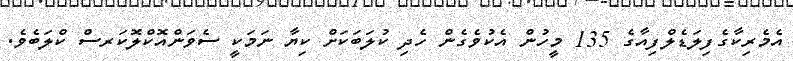
އެމެރިކާގެފިލަޑެލްފިއާގެ 135 މީހުން އެކުވެގެން ހެދި ކުލަބަކަށް ކިޔާ ނަމަކީ ސެވަންއޮކްލޮކަރސް ކްލަބެވެ.